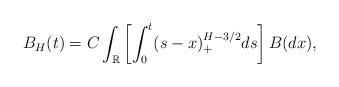
LaTeX: \begin{align*}B_H(t)= C\int_{\mathbb{R}}\left[ \int_0^t (s-x)_+^{H-3/2} ds\right] B(dx),\end{align*}